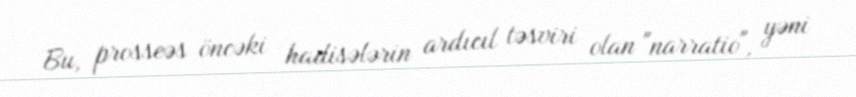
Bu, prosseəs öncəki hadisələrin ardıcıl təsviri olan "narratio", yəni